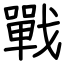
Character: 戰